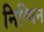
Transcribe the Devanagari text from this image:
निम्बिन